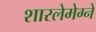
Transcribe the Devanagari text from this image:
शारलेमेग्ने